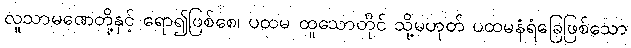
လူသာမဏေတို့နှင့် ရော၍ဖြစ်စေ၊ ပထမ ထူသောတိုင် သို့မဟုတ် ပထမနံရံခြေဖြစ်သော